Memorandum on the prevention of leprosy by segregation of the affected
Disease focus: Leprosy
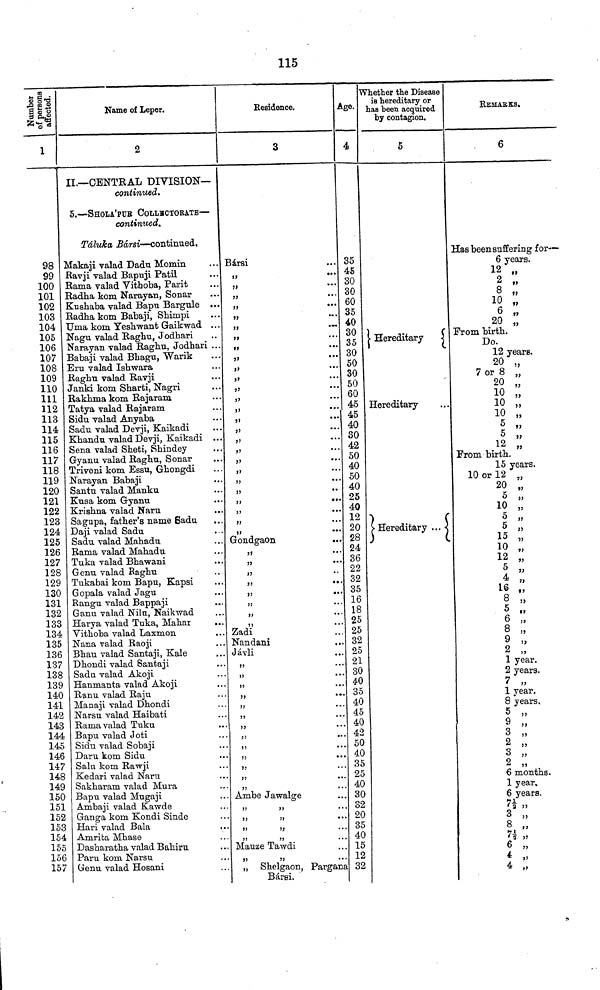
115
Number of persons afiected.
1
98
99
100
101
102
103
104
105
106
107
108
109
110
111
112
113
114
115
116
117
118
119
120
121
122
123
124
125
126
127
128
129
130
131
132
133
134
135
136
137
138
139
140
141
142
143
144
145
146
147
148
149
150
151
152
153
154
155
156
157
Name of Leper.
2
II.—CENTRAL DIVISION—
continued.
5.—SHOLA'PUB COLLBCTORÀTE—
continued.
Táluka Bársi—continued,
Makaji valad Dadu Momin
Ravji valad Bapuji Patil
Rama valad Vithoba, Parit
Radha kom Narayan, Sonar
Kushaba valad Bapu Bargule ...
Radha kom Babaji, Shimpi
Uma kom Yeshwant Gaikwad ...
Nagu valad Raghu, Jodhari
Narayan valad Raghu, Jodhari ..
Babaji valad Bhagu, Warik
Eru valad Ishwara
Raghu valad Ravji
Janki kom Sharti, Nagri
Rakhma kom Rajaram
Tatya valad Rajaram
Sidu valad Anyaba
Sadu valad Devji, Kaikadi
Khandu valad Devji, Kaikadi ..
Sena valad Sheti, Shindey
Gyanu valad Raghu, Sonar
Triveni kom Essu, Ghongdi
Narayan Babaji
Santu valad Manku
Kusa kom Gyanu
Krishna valad Naru
Sagupa, father's name Badu
Daji valad Sadu
Sadu valad Mahadu
Rama valad Mahadu
Tuka valad Bhawani
Genu valad Baghu
Tukabai kom Bapu, Kapsi
Gopala valad Jagu
Rangu valad Bappaji
Ganu valad Nilu, Naikwad
Harya valad Tuka, Mahar
Vithoba valad Laxmon.
Nana valad Raoji
Bhau valad Santaji, Kale
Dhondi valad Santaji
Sadu valad Akoji
Hanmanta valad Akoji
Ranu valad Raju
Manaji valad Dhondi
Narsu valad Haibati
Rama valad Tuku
Bapu valad Joti
Sidu valad Sobaji
Daru kom Sidu
Salu kom Rawji
Kedari valad Naru
Sakharam valad Mura
Bapu valad Mugaji
Ambaji valad Kawde
Ganga kom Kondi Sinde
Hari valad Bala
Amrita Mhase
Dasharatha valad Bahiru
Paru kom Narsu
Genu valad Hosani
Residence.
3
Bársi
17
,,
...
,,
...
Gondgaon
...
Zad'i
Nandani
Jávli
Ambe Jawalge
Mauze Tawdi
,, Shelgaon, Pargana
BárBi.
Age.
4
35
45
30
30
60
35
40
30
35
30
50
30
50
60
45
45
40
30
42
50
40
50
40
25
40
12
20
28
24
36
22
32
35
16
18
25
25
32
25
21
30
40
35
40
45
40
42
50
40
35
25
40
30
32
20
35
40
15
12
32
Whether the Disease
is hereditary or
has been acquired
by contagion.
5
i Hereditary
Hereditary
Hereditary ...
REMARKS.
6
Has been suffering f or-—
6 years.
12 »
2 „
8 „
10 „
6
20 „
From birth.
Do.
12 years.
20 „
7 or 8 „
10
10 „
10 „
5 „
12
From birth.
15 years.
10 or 12 „
20 ,
5
10 „
5 „
5 „
15 „
10 „
12 7?
5
7?
16
8 „
5 „
6 „
8 „
77
9 „
2 „
1 year.
2 years.
7 „
1 year.
8 years.
5
9
3 „
2 „
3
2 „
6 months.
1 year.
6 years.
7½
2
3 8
7½
6
*
17